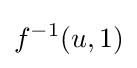
f^{-1}(u,1)